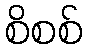
စိစစ်